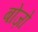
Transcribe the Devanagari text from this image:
बोज़ो